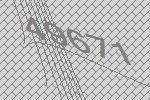
49671